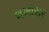
લખાસર